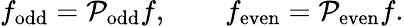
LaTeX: f_{\mathrm{odd}}=\mathcal{P}_{\mathrm{odd}}f,\qquad f_{\mathrm{even}}=\mathcal{P}_{\mathrm{even}}f.